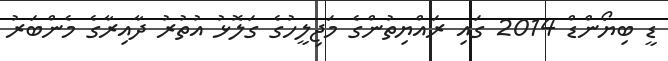
ޑީ ބިޔޯންޑް 2014 ގައި ރައްޔިތުންގެ މަޖިލީހުގެ ގަލޮޅު އުތުރު ދާއިރާގެ މެންބަރު